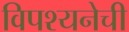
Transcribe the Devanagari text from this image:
विपश्यनेची